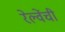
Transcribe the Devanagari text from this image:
रेल्वेंची